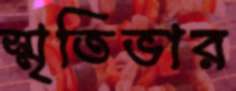
স্মৃতিভার